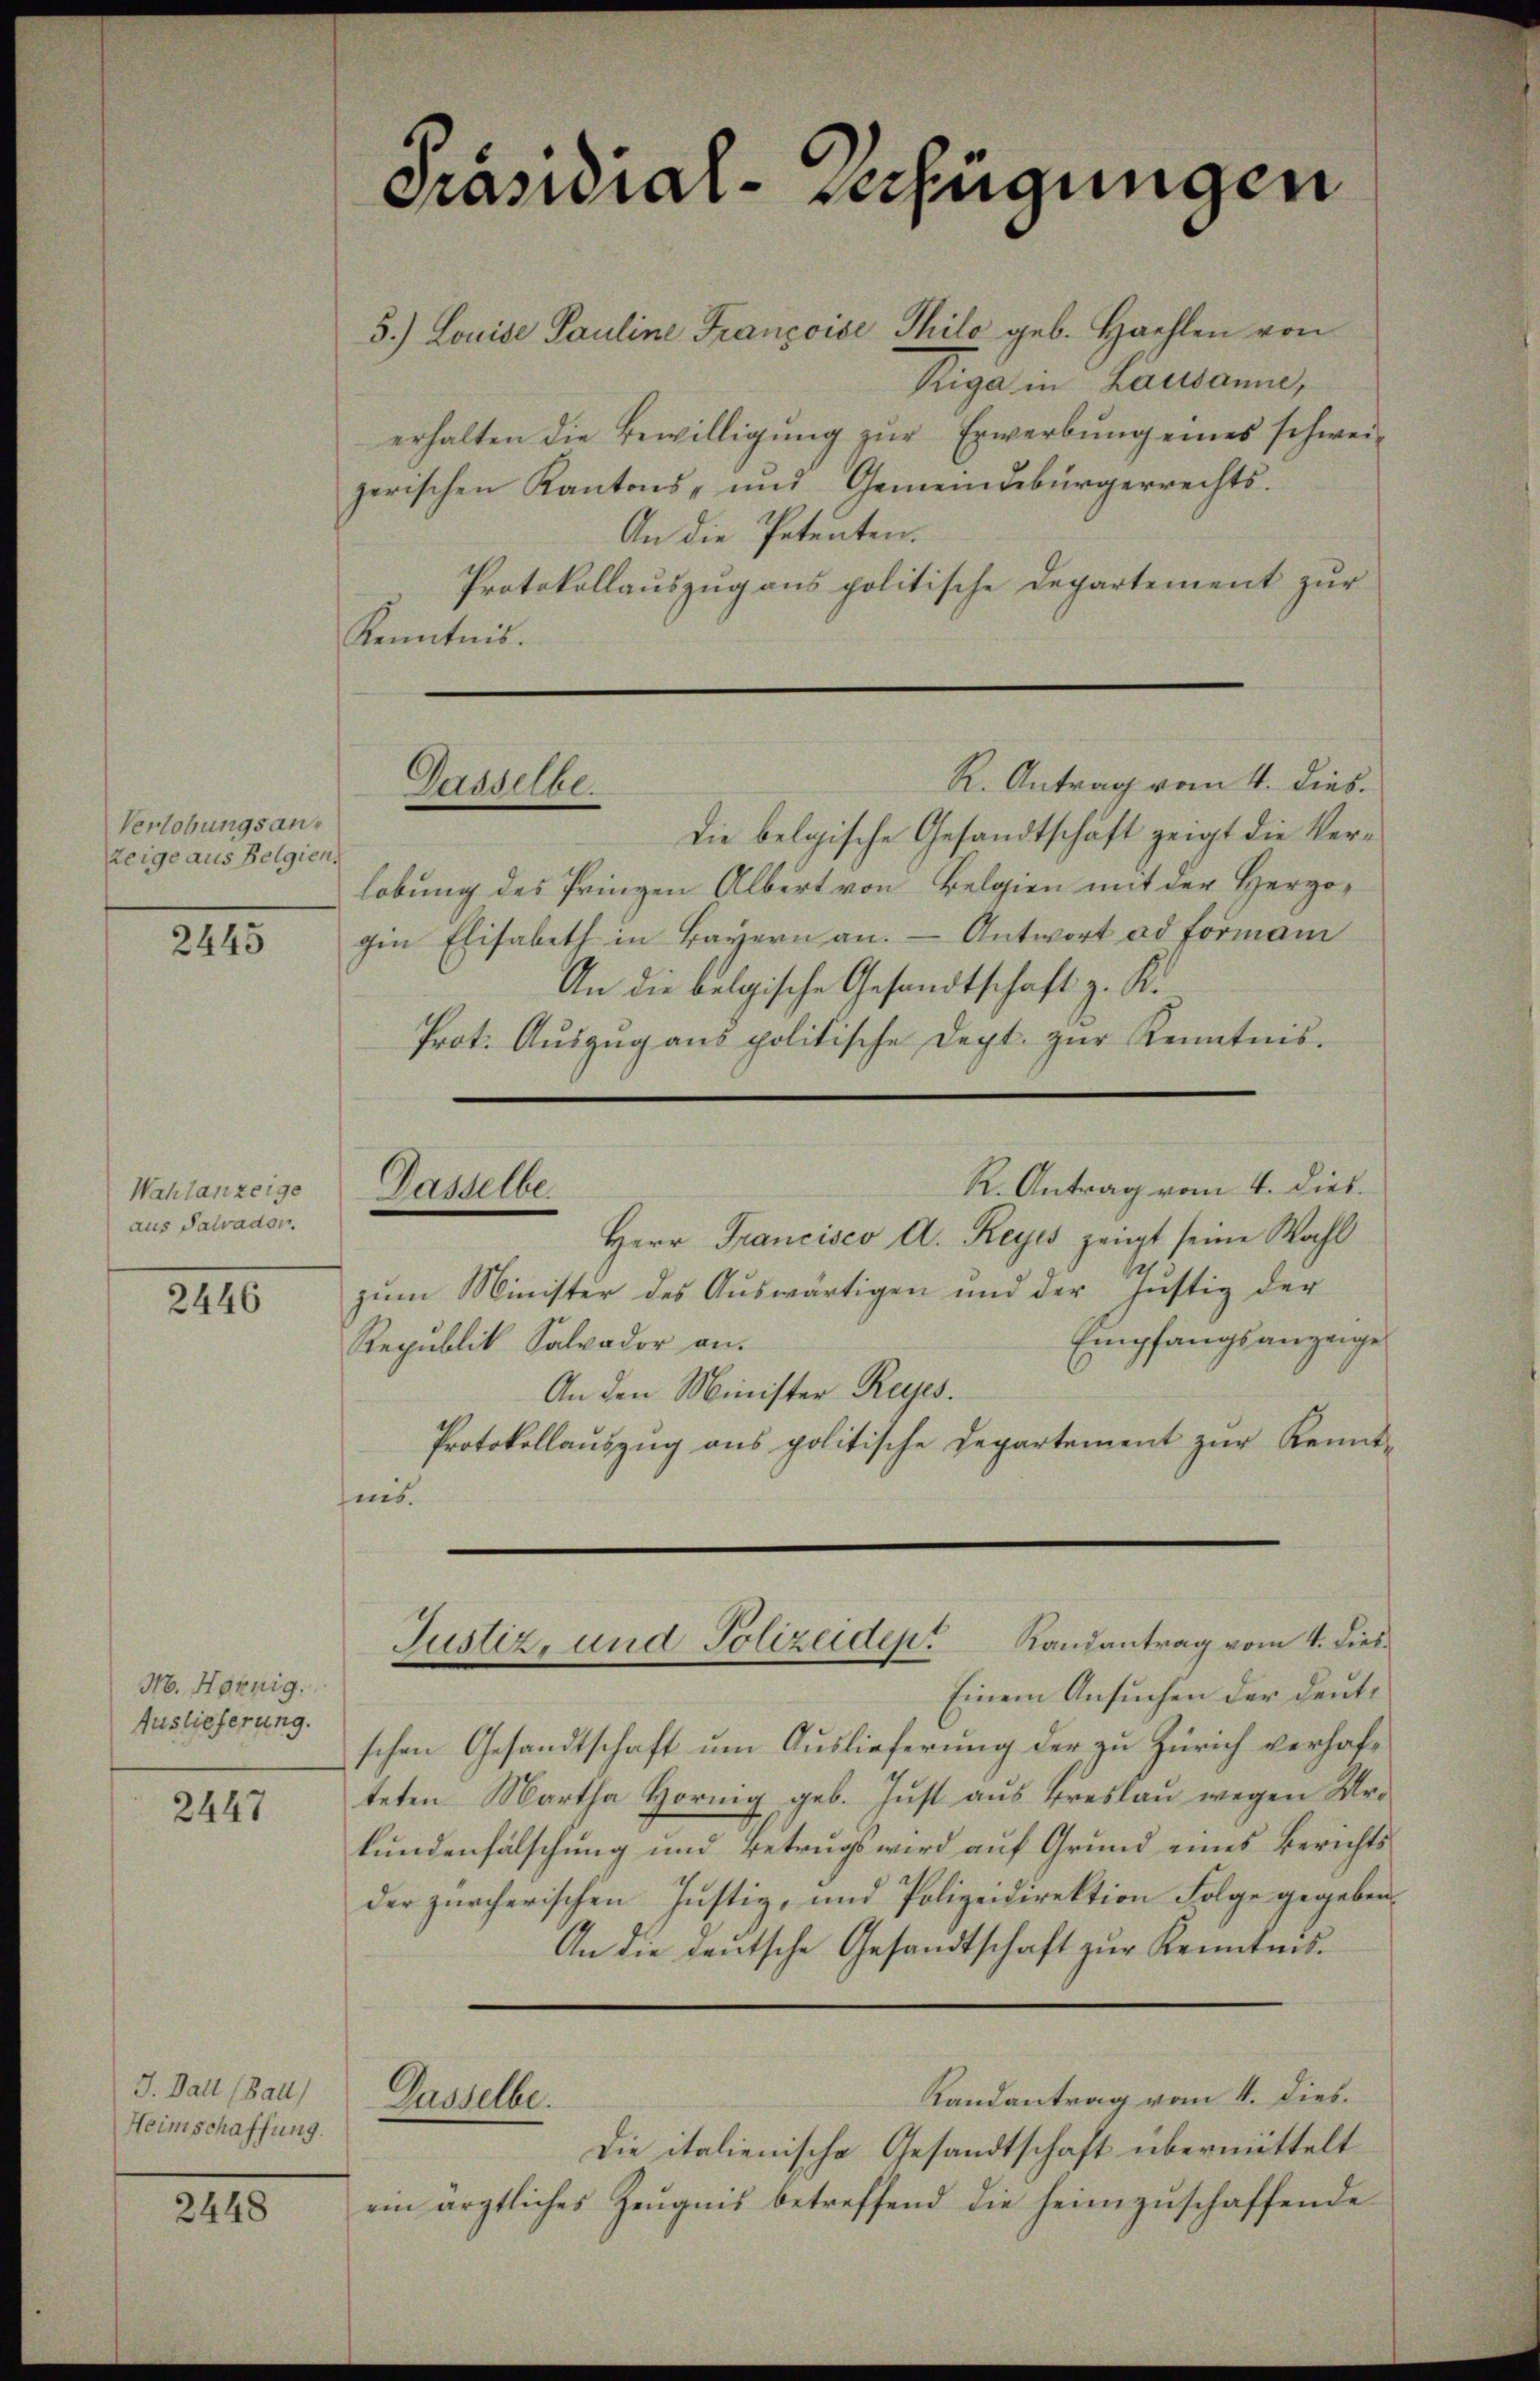
Verlobungsanzeige aus Belgien.

2445

Wahlanzeige
aus Palvador

2446

M. Hörnig.
Auslieferung.

2447

J. Ball (Ball)
Heimschaffung.

2448

Präsidial-Verfügungen

5.) Louise Pauline Françoise Thilo geb. Haehlen von
Riga in Lausanne,
erhalten die Bewilligŭng zŭr Erwerbung eines schwei-
zerischen Kantons- und Gemeindebürgerrechts¬
An die Petenten.
Protokollauszug aus politische Departement zur
Kenntnis.
R. Antrag vom 4. dies
Die belgische Gesandtschaft zeigt die Verlobung des Prinzen Albert von Belgien mit der Herzogin Elisabeth in Bayern an. – Antwort ad Formani
An die belgische Gesandtschaft z. K.
Prot. Auszug aus politische Dept. zur Kenntnis¬
R. Antrag vom 4. dies.
Herr Francisco A. Reyes zeigt seine Wahl
zum Minister des Aŭswärtigen und der Justiz der
Empfangsanzeige
Republik Salvador an.
An den Minister Reges.
Protokollauszug aus politische Departement zur Kennt-
nis.
Justiz, und Polizeiden Randantrag vom 4. dies
Einem Ansuchen der deute
schen Gesandtschaft um Auslieferung der zu Zürich verhafteten Martha Hornig geb. Just aus Breslau wegen Urkundenfalschung und Betrugs wird auf Grund eines Berichts
der zürcherischen Justiz, und Polizeidirektion Folge gegeben
An die deutsche Gesandtschaft zur Kenntnis.
Randantrag vom 4. Dies.
Dasselbe.
Die italienische Gesandtschaft übermittelt
ein ärztliches Zeugnis betreffend die heimzuschaffende

Gasselbe.

Dasselbe